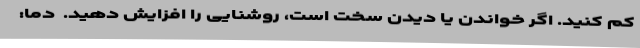
کم کنید. اگر خواندن یا دیدن سخت است، روشنایی را افزایش دهید.  دما: